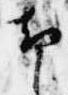
却